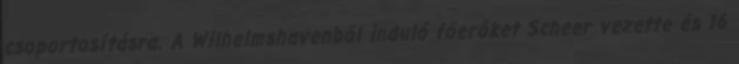
csoportosításra. A Wilhelmshavenből induló főerőket Scheer vezette és 16